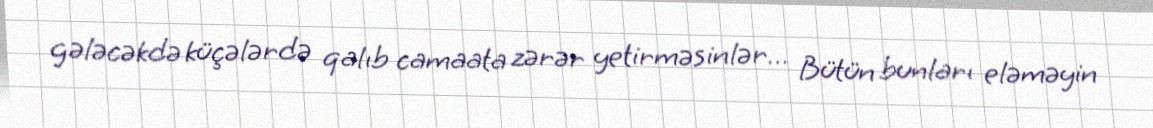
gələcəkdə küçələrdə qalıb camaata zərər yetirməsinlər… Bütün bunları eləməyin